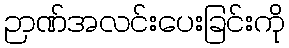
ဉာဏ်အလင်းပေးခြင်းကို